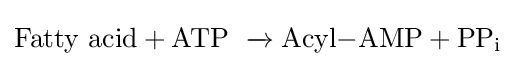
\mathrm {Fatt{y}\ acid+ATP\ \xrightarrow {\ } Acyl{-}AMP+PP_{i}}